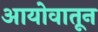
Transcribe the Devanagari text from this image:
आयोवातून